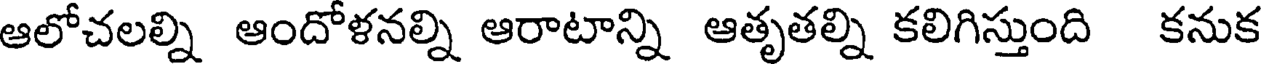
ఆలోచలల్ని ఆందోళనల్ని ఆరాటాన్ని ఆతృతల్ని కలిగిస్తుంది కనుక